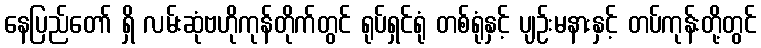
နေပြည်တော် ရှိ လမ်းဆုံဗဟိုကုန်တိုက်တွင် ရုပ်ရှင်ရုံ တစ်ရုံနှင့် ပျဉ်းမနားနှင့် တပ်ကုန်းတို့တွင်